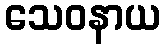
သေဝနာယ